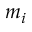
m _ { i }